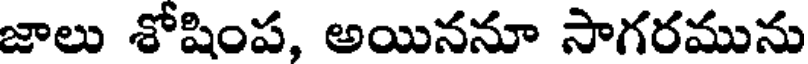
జాలు శోషింప, అయిననూ సాగరమును